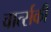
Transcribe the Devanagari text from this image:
वार्त्सकी